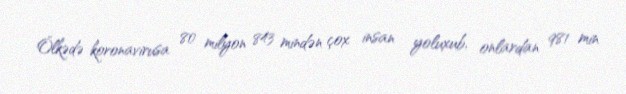
Ölkədə koronavirusa 80 milyon 843 mindən çox insan yoluxub, onlardan 981 min